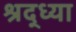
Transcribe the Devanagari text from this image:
श्रद्ध्या